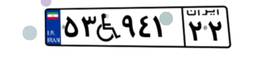
۶۰W۳۵۶۶۰